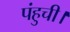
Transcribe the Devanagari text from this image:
पंहुची।